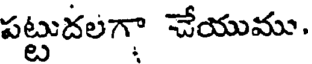
పట్టుదలగా చేయుము.